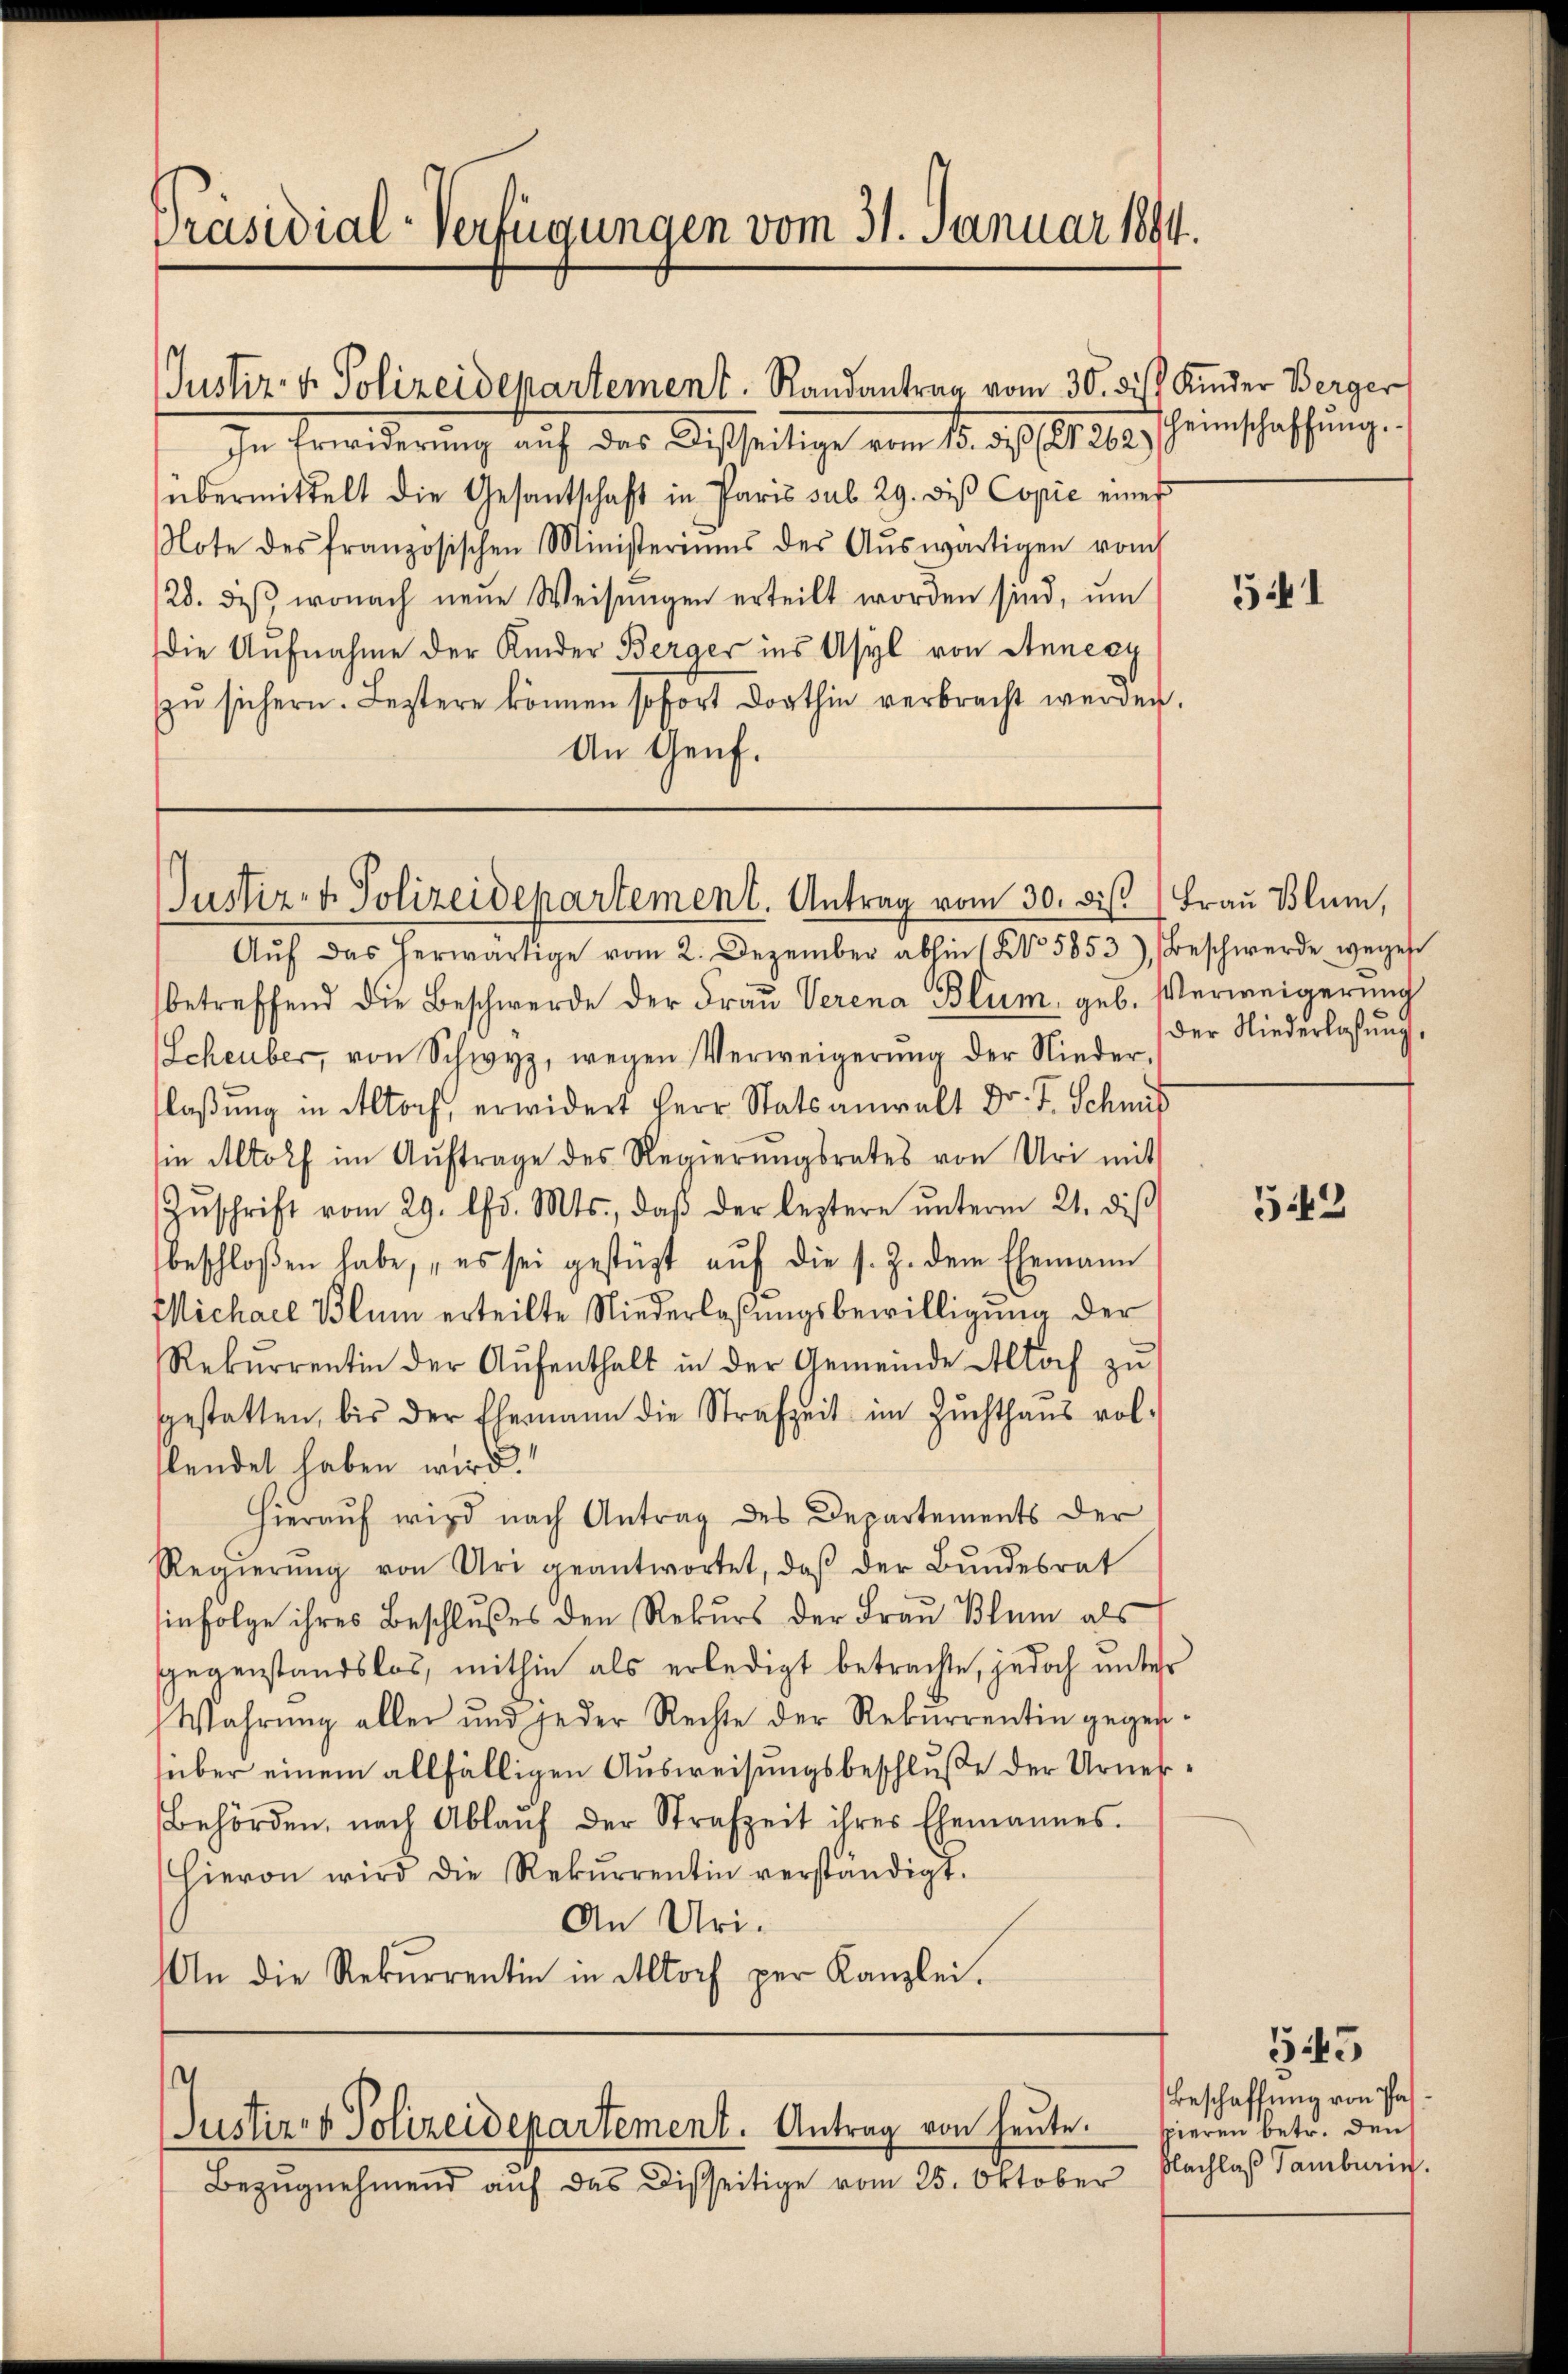
Präsidial-Verfügungen vom 31. Januar 1894.

Justiz- u. Polizeidepartement. Randantrag vom 30. die Kinder Berger

In Erwiderŭng aŭf das Disseitige vom 15. diβ (Nr. 262. Heimschaffŭng.
übermittelt die Gesantschaft in Paris sub 29. diβ Copie eines
Note des französischen Ministeriums des Aŭswärtigen vom
28. diβ wonach neŭe Weisŭngen erteilt worden sind, um
die Aufnahme der Kinder Berger ins Asyl von Annexy
zŭ sichern. Leztere können sofort dorthin verbracht werden.
An Genf.

Justiz- & Polizeidepartement. Antrag vom 30. bis Frau Blum,
Aŭf das herwärtige vom 2. Dezember abhin (No 5853), Beschwerde weges

Justiz- & Polizeidepartement. Antrag von heute.

Bezŭgnehmend auf das Disseitige vom 25. Oktober

betreffend die Beschwerde der Fraŭ Verena Blum, geb. Verweigerung
Scheuber, von Schwyz, wegen Verweigerŭng der Nieder
laßung in Altorf, erwidert Herr Statsanwalt Dr. J. Schnis
sin Altorf im Auftrage des Regierungsrates von Uri mit
Zŭschrift vom 29. ds. Mts., daβ der leztere ŭnterm 21. diβ
beschloßen habe, „es sei gestüzt aŭf die s. Z. dem Ehemann
Michael Blum erteilte Niederlaßungsbewilligung der
Rekŭrrentin der Aŭfenthalt in der Gemeinde Altoch zŭ
gestatten, bis der Ehemann die Strafzeit im Zŭchthaŭs vol-
slendet haben wird.
Hieraŭf wird nach Antrag des Departements der
Regierŭng von Uri geantwortet, daβ der Bŭndesrat
infolge ihres Beschlußes den Rekurs der Frau Blum als
Gegenstandslos, mithin als erledigt betrachte, jedoch unter
Wahrung aller und jeder Rechte der Rekurrentin gegen-
süber einem allfälligen Ausweisungsbeschluße der Urner¬
Behörden, nach Ablaŭf der Strafzeit ihres Ehemannes.
Hievon wird die Rekŭrrentin verständigt.
An Uri-
An die Rekŭrrentin in Altorf per Kanzlei.

541

der Niederlassung,

543

§ 45
Beschaffung von Paspieren betr. den
Nachlaß Tamburin.